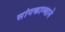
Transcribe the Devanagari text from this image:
सांगकाम्याने